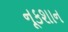
નૂકશાન